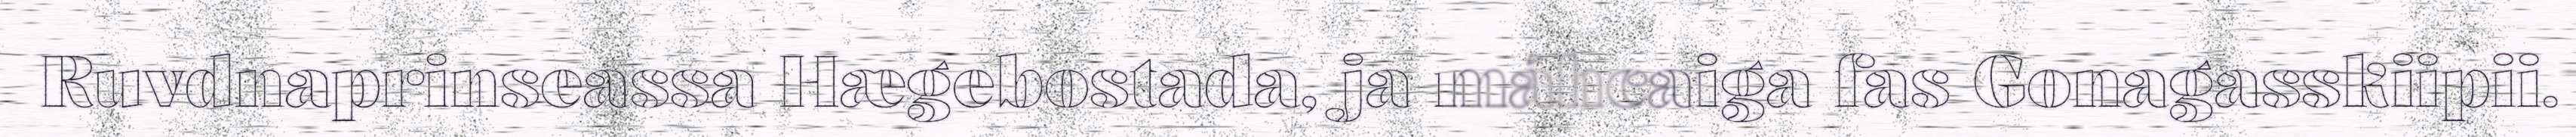
Ruvdnaprinseassa Hægebostada, ja máhcaiga fas Gonagasskiipii.